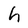
Character: h